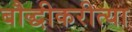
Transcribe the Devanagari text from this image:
बौद्धीकरीत्या